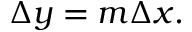
\Delta y = m \Delta x .